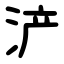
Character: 浐